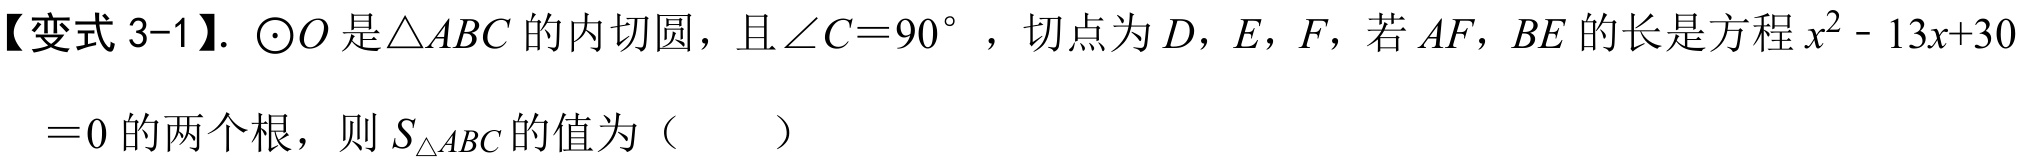
【变式3 - 1】. \(\odot O\)是\(\triangle ABC\)的内切圆，且\(\angle C = 90^{\circ}\)，切点为\(D\)，\(E\)，\(F\)，若\(AF\)，\(BE\)的长是方程\(x^{2}-13x + 30=0\)的两个根，则\(S_{\triangle ABC}\)的值为（  ）